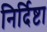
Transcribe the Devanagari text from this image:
निर्दिष्टा